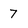
Character: 7